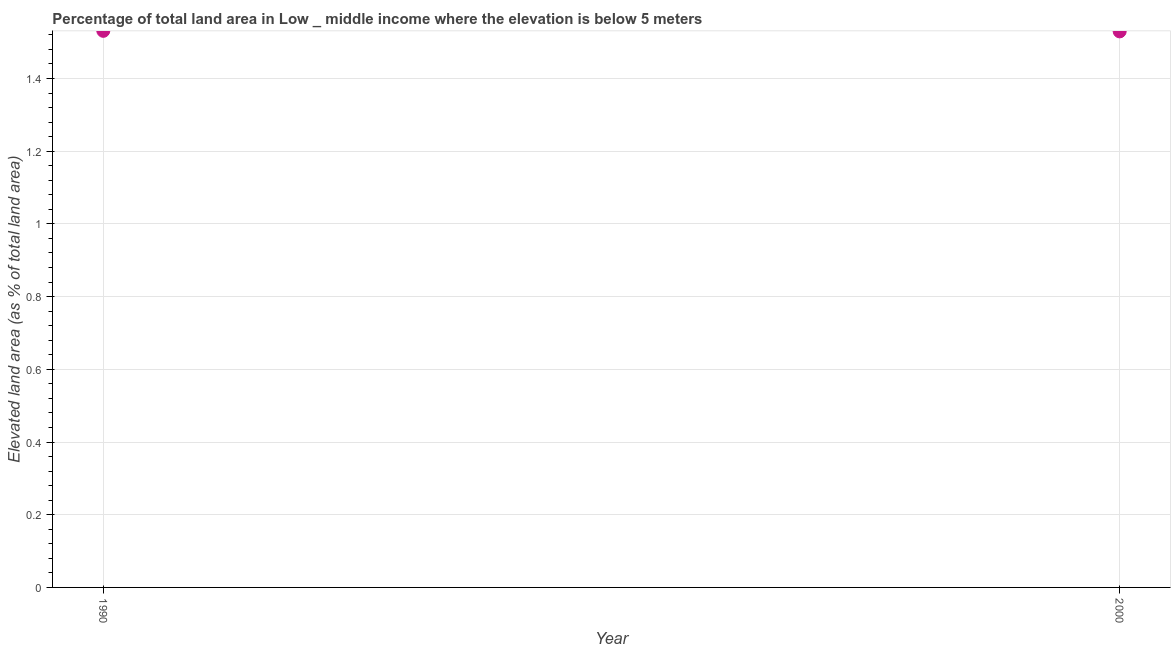
| Year | Land area |
 | --- | --- |
 | 1990 | 1.53 |
 | 2000 | 1.53 |